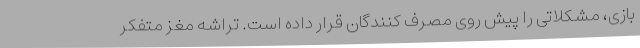
بازی، مشکلاتی را پیش روی مصرف کنندگان قرار داده است. تراشه مغز متفکر